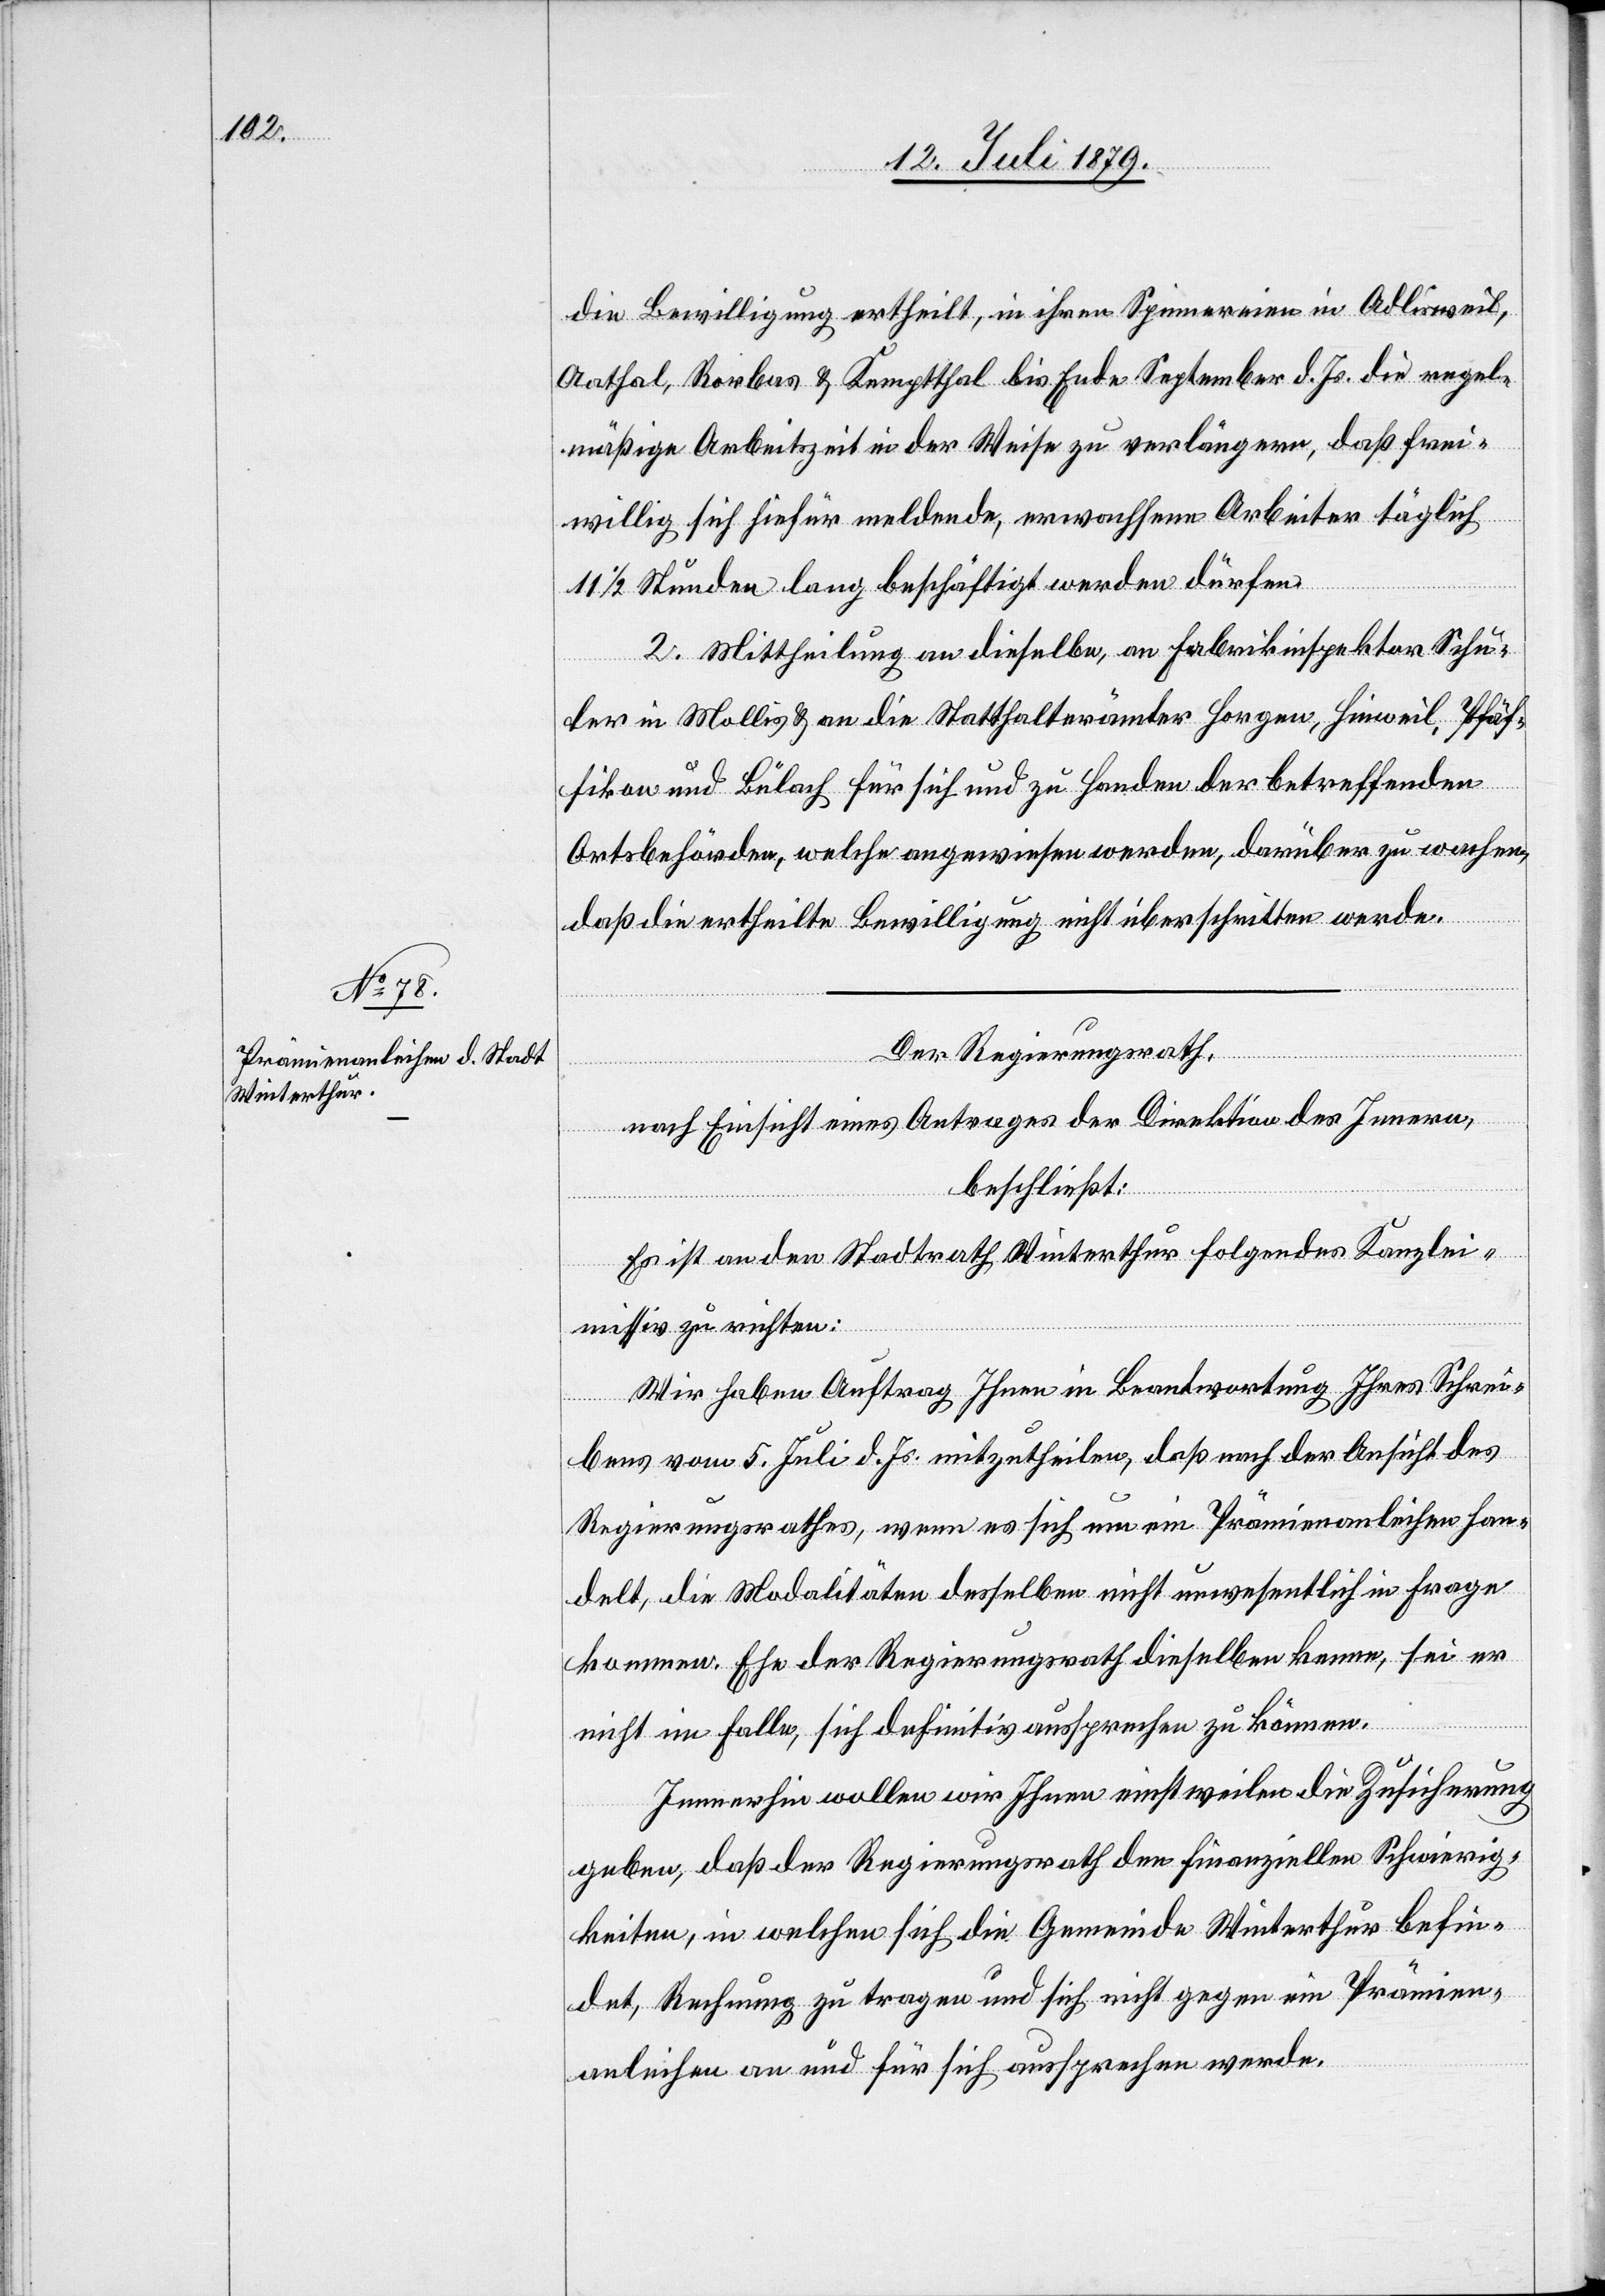
die Bewilligung ertheilt, in ihren Spinnereien in Adlisweil,
Aathal, Rorbas & Kemptthal bis Ende September d. Js. die regel¬
mäßige Arbeitszeit in der Weise zu verlängern, daß frei¬
willig sich hiefür meldende, erwachsene Arbeiter täglich
11 1/2 Stunden lang beschäftigt werden dürfen.
2. Mittheilung an dieselbe, an Fabrikinspektor Schu¬
ler in Mollis & an die Statthalterämter Horgen, Hinweil, Pfäf¬
fikon und Bülach für sich und zu Handen der betreffenden
Ortsbehörden, welche angewiesen werden, darüber zu wachen,
daß die ertheilte Bewilligung nicht überschritten werde.
Der Regierungsrath,
nach Einsicht eines Antrages der Direktion des Innern,
beschließt:
Es ist an den Stadtrath Winterthur folgendes Kanzlei¬
missiv zu richten:
Wir haben Auftrag Ihnen in Beantwortung Ihres Schrei¬
bens vom 5. Juli d. Js. mitzutheilen, daß nach der Ansicht des
Regierungsrathes, wenn es sich um ein Prämienanleihen han¬
delt, die Modalitäten desselben nicht unwesentlich in Frage
kommen. Ehe der Regierungsrath dieselben kenne, sei er
nicht im Falle, sich definitiv aussprechen zu können.
Immerhin wollen wir Ihnen einstweilen die Zusicherung
geben, daß der Regierungsrath den finanziellen Schwierig¬
keiten, in welchen sich die Gemeinde Winterthur befin¬
det, Rechnung zu tragen und sich nicht gegen ein Prämien¬
anleihen an und für sich aussprechen werde.